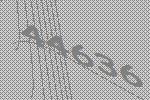
44636